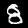
Label: 8